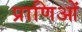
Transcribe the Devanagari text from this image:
प्राणिओं